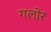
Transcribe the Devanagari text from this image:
गलोर